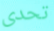
تحدى